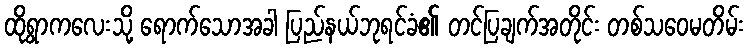
ထိုရွာကလေးသို့ ရောက်သောအခါ ပြည်နယ်ဘုရင်ခံ၏ တင်ပြချက်အတိုင်း တစ်သဝေမတိမ်း